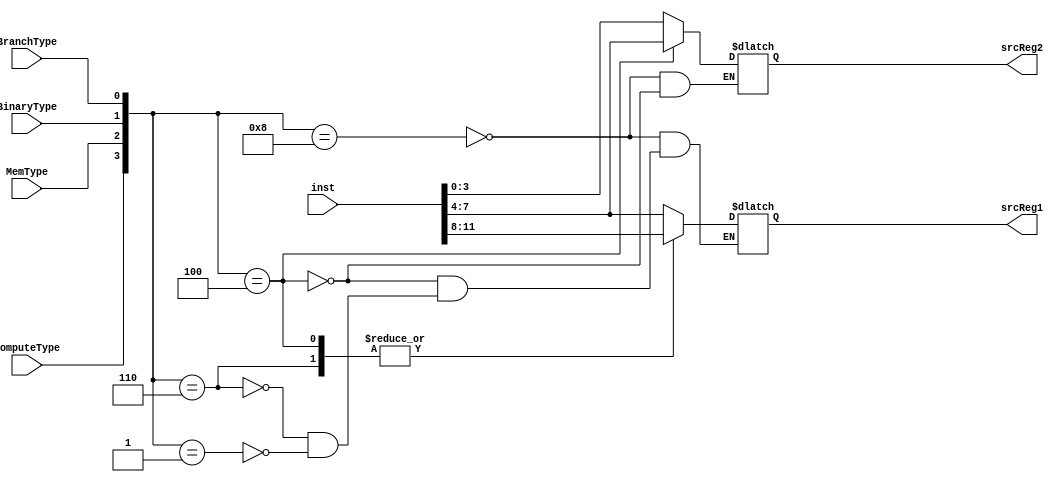
module selectRegSource(inst, ComputeType, MemType, BinaryType, BranchType, srcReg1, srcReg2);

    // ports
    input wire [15:0] inst;
    input ComputeType, MemType, BinaryType, BranchType;
    output reg [3:0] srcReg1, srcReg2;

    // internal
    reg error;
    reg [3:0] combinedVector;

    // always #20 $monitor("Current Instruction: %b, CombinedVec: %b", inst, combinedVector);

    always @(inst, ComputeType, MemType, BinaryType, BranchType) begin
        combinedVector = {ComputeType, MemType, BinaryType, BranchType};
        case (combinedVector)
            // Compute
            4'b1000: begin
                srcReg1 = inst[7:4];
                srcReg2 = inst[3:0];
                error = 0;
            end
            // pure mem
            4'b0100: begin
                srcReg1 = inst[11:8];
                srcReg2 = inst[7:4];
                error = 0;
            end
            // LLB/LUB
            4'b0110: begin
                srcReg1 = inst[11:8];
                error = 0;
            end
            // Branch
            4'b0001: begin
                srcReg1 = inst[7:4];
                error = 0;
            end
            default: error=1; // Default case 
        endcase
    end

endmodule